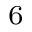
_ 6